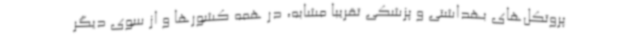
پروتکل‌های بهداشتی و پزشکی تقریبا مشابه، در همه کشورها و از سوی دیگر